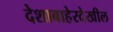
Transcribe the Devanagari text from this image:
देशाबाहेरदेखील